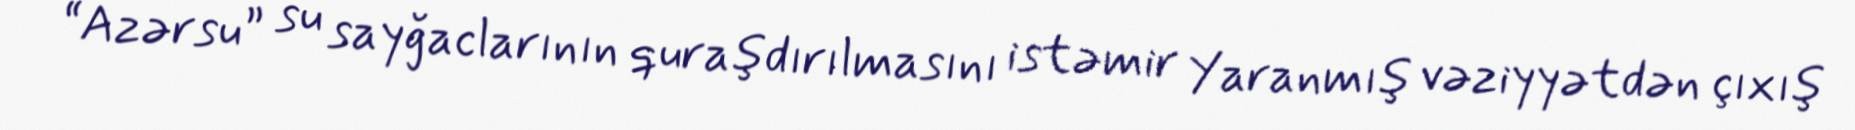
“Azərsu” su sayğaclarının quraşdırılmasını istəmir Yaranmış vəziyyətdən çıxış